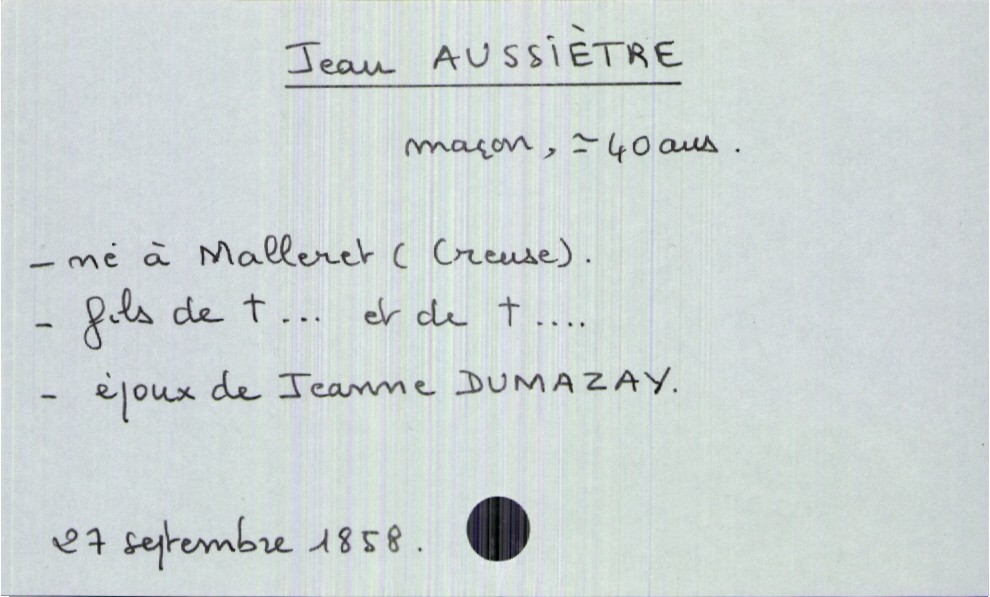
type_acte: Décès
année: 1858
mois: septembre
jour: 27
défunt_nom: Aussiètre
défunt_prénom: Jean
défunt_sexe: H
défunt_âge: 40 ans
défunt_profession: maçon
défunt_lieu_de_naissance: Malleret (Creuse)
défunt_statut: marié(e)
père_défunt_statut: décédé
mère_défunt_statut: décédée